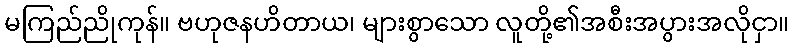
မကြည်ညိုကုန်။ ဗဟုဇနဟိတာယ၊ များစွာသော လူတို့၏အစီးအပွားအလိုငှာ။